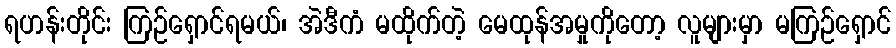
ရဟန်းတိုင်း ကြဉ်ရှောင်ရမယ်၊ အဲဒီကံ မထိုက်တဲ့ မေထုန်အမှုကိုတော့ လူများမှာ မကြဉ်ရှောင်